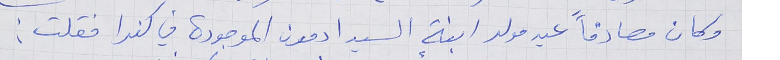
وكان مصادفاً عيد مولد ابنة السيد ادمون الموجودة في كندا فقلت :